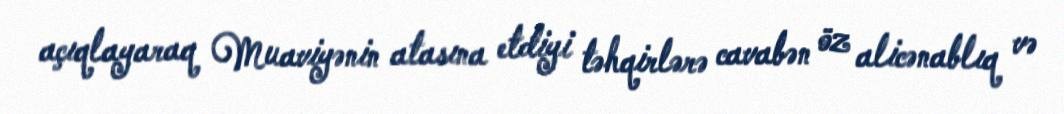
açıqlayaraq Muaviyənin atasına etdiyi təhqirlərə cavabən öz alicənablıq və